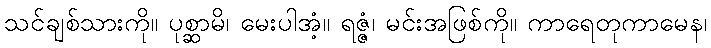
သင်ချစ်သားကို။ ပုစ္ဆာမိ၊ မေးပါအံ့။ ရဇ္ဇံ၊ မင်းအဖြစ်ကို။ ကာရေတုကာမေန၊